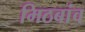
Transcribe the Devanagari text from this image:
मिठबांव